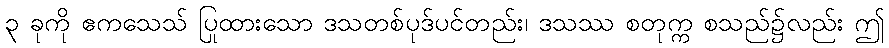
၃ ခုကို ဧကသေသ် ပြုထားသော ဒသတစ်ပုဒ်ပင်တည်း၊ ဒသဿ စတုက္က စသည်၌လည်း ဤ